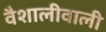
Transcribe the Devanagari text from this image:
वैशालीवाली